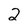
Character: 2